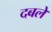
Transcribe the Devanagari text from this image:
दबले